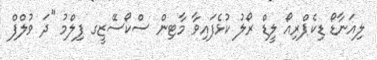
ލިއަނާޑޯ ޑިކެޕްރިއޯ ލީޑް ރޯލު ކުޅެފައިވާ މާޓިން ސްކޯސޭޒީގ ފިލްމު "ދަ ވުލްފް